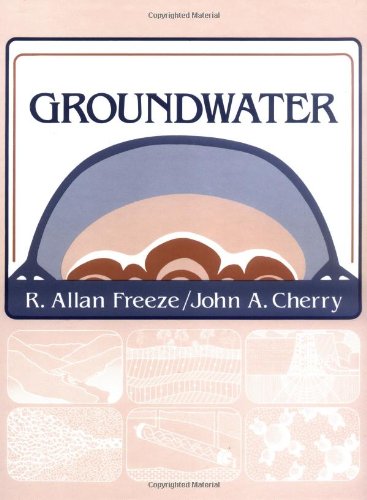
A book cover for Groundwater; R. Allan Freeze; Science & Math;